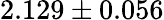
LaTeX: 2.129\pm 0.056